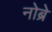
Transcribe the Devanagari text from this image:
नोब्रे